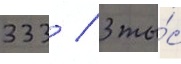
333 / 3 ты́с